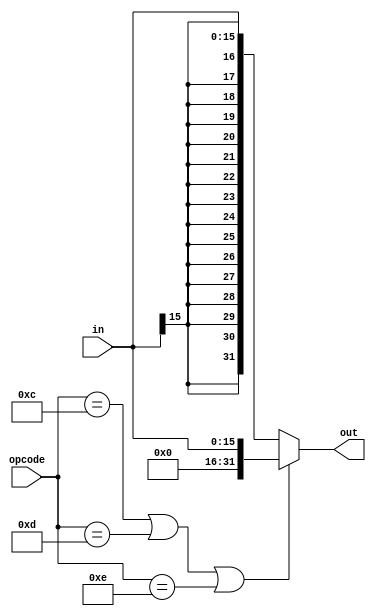
`timescale 1ns / 1ps
////////////////////////////////////////////////////////////////////////////////
// ECE369 - Computer Architecture
// 
// Module - SignExtension.v
// Description - Sign extension module.
////////////////////////////////////////////////////////////////////////////////
module SignExtension(in, opcode, out);

    /* A 16-Bit input word */
    input [15:0] in;
    
    // To choose between zero-extend and sign-extend
    input [5:0] opcode;
    
    /* A 32-Bit output word */
    output reg [31:0] out;
    
    always @(in, opcode)
    begin
        // Zero-extend if this is a logical-immediate function
        if (opcode == 6'b001100 || opcode == 6'b001101 || opcode == 6'b001110)
            out <= {16'd0, in[15:0]};
        // Otherwise sign-extend
        else
            out <= { {16{in[15]}}, in[15:0]}; 
    end

endmodule